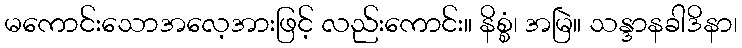
မကောင်းသောအလေ့အားဖြင့် လည်းကောင်း။ နိစ္စံ၊ အမြဲ။ သန္ဒာနခါဒိနာ၊